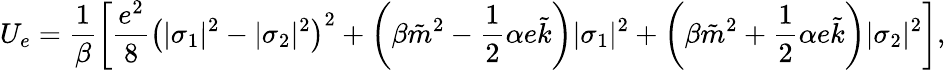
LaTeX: U_{e}=\frac{1}{\beta}\left[\frac{e^{2}}{8}\left(|\sigma_{1}|^{2}-|\sigma_{2}|^{2}\right)^{2}+\left(\beta\tilde{m}^{2}-\frac{1}{2}\alpha e\tilde{k}\right)|\sigma_{1}|^{2}+\left(\beta\tilde{m}^{2}+\frac{1}{2}\alpha e\tilde{k}\right)|\sigma_{2}|^{2}\right],